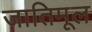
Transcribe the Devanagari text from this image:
जातिमूल